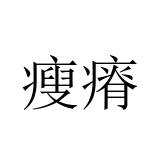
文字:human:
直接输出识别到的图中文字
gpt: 瘦瘠